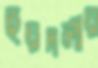
ছয়দলীয়